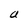
Character: a